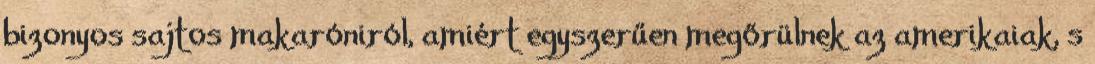
bizonyos sajtos makaróniról, amiért egyszerűen megőrülnek az amerikaiak, s